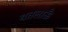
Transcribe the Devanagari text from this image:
बतलाऊँ